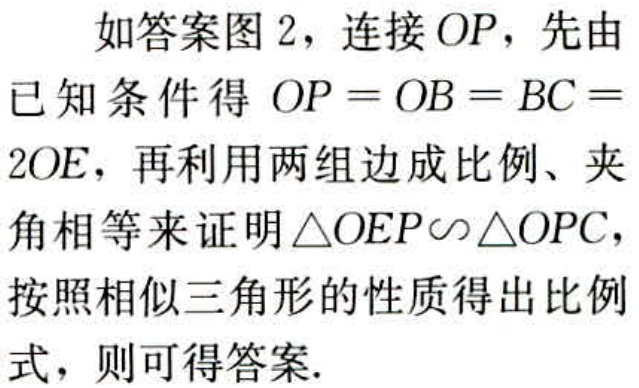
如答案图 2，连接 \(OP\)，先由已知条件得 \(OP = OB = BC = 2OE\)，再利用两组边成比例、夹角相等来证明 \(\triangle OEP\sim\triangle OPC\)，按照相似三角形的性质得出比例式，则可得答案.